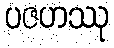
ပဇဟဿု